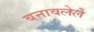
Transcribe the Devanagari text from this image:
बनावलेले